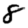
Digit: 8